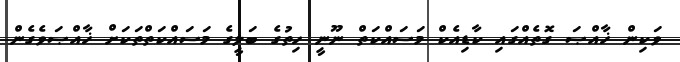
ވަކިން ޚާއްޞަ ގޮތެއްގައި ކާޑިއެކް މަސައްކަތް ނޫނީ ހިތުގެ ބަލީގެ މަސައްކަތްތަކަށް ޚާއްޞަވެގެން